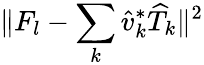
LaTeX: \| F_{l}-\sum_{k}\widehat{v}_{k}^{*}\widehat{T}_{k}\| ^{2}